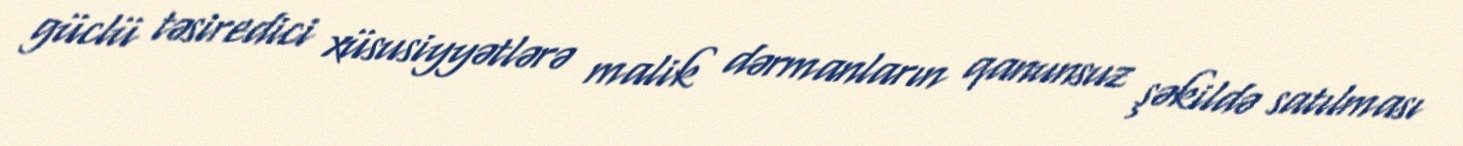
güclü təsiredici xüsusiyyətlərə malik dərmanların qanunsuz şəkildə satılması